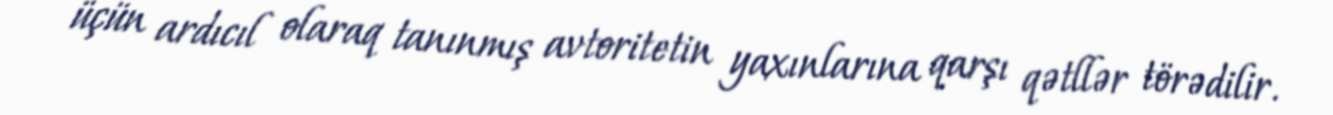
üçün ardıcıl olaraq tanınmış avtoritetin yaxınlarına qarşı qətllər törədilir.